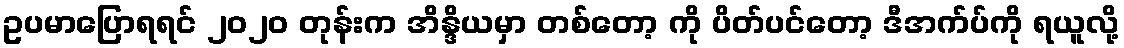
ဥပမာပြောရရင် ၂၀၂၀ တုန်းက အိန္ဒိယမှာ တစ်တော့ ကို ပိတ်ပင်တော့ ဒီအက်ပ်ကို ရယူလို့